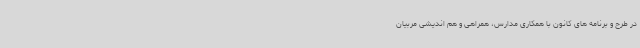
در طرح و برنامه های کانون با همکاری مدارس، همراهی و هم اندیشی مربیان